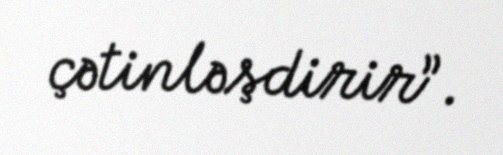
çətinləşdirir”.